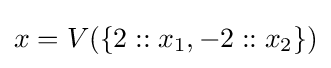
x=V(\{2::x_{1},-2::x_{2}\})